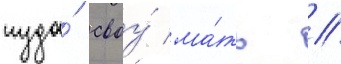
туда́ своу́ ма́ть //